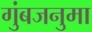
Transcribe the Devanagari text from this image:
गुंबजनुमा